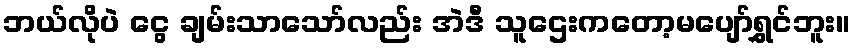
ဘယ်လိုပဲ ငွေ ချမ်းသာသော်လည်း အဲဒီ သူဌေးကတော့မပျော်ရွှင်ဘူး။